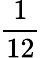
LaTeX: \frac{1}{12}